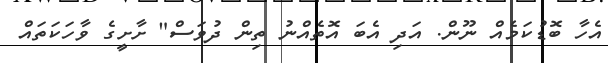
އެހާ ބޮޑުކަމެއް ނޫން. އަދި އެބަ އޮތެއްނު ތިން ދުވަސް" ށާށީގެ ވާހަކަތައް